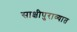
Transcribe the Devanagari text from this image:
साक्षीपुराव्यात